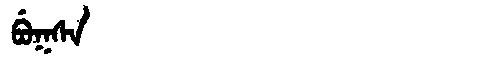
Manchu: ᠪᡠᡴᠰᠠ
Romanization: BUKSA